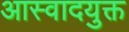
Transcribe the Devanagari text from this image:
आस्वादयुक्त